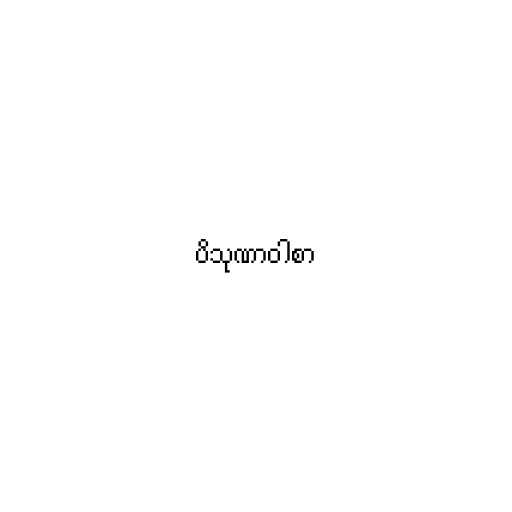
ပိသုဏာဝါစာ